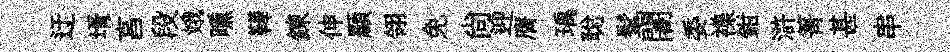
迂壻亯段娥曛鞾鍊伸顯翎免尚迎膺瑀聪髦闍委襍鉗滸箐甚串